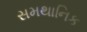
સમથાનિક